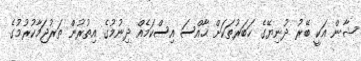
ޝާން އަކީ ބޭރު ދުނިޔޭގެ ހަބަރުތަކަށް ޙާއްސަ އިސްކަމެއް ދިނުމުގެ އިތުރުން ތަރުޖަމާކުރުމުގެ